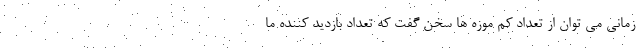
زمانی می توان از تعداد کم موزه ها سخن گفت که تعداد بازدید کننده ما